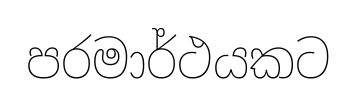
පරමාර්ථයකට